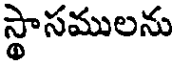
స్థాసములను